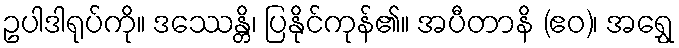
ဥပါဒါရုပ်ကို။ ဒဿေန္တိ၊ ပြနိုင်ကုန်၏။ အပီတာနိ (ဧဝ)၊ အရွှေ